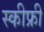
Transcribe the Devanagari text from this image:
स्कीफ्री